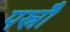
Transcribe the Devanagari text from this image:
पस्नौ